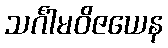
သင်္ဂါမဝိဇယေန